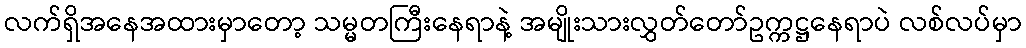
လက်ရှိအနေအထားမှာတော့ သမ္မတကြီးနေရာနဲ့ အမျိုးသားလွှတ်တော်ဥက္ကဋ္ဌနေရာပဲ လစ်လပ်မှာ